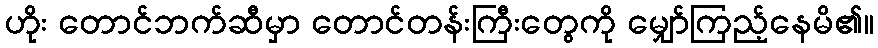
ဟိုး တောင်ဘက်ဆီမှာ တောင်တန်းကြီးတွေကို မျှော်ကြည့်နေမိ၏။